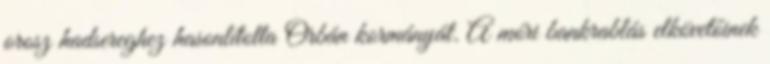
orosz hadsereghez hasonlította Orbán kormányát. A móri bankrablás elkövetőinek